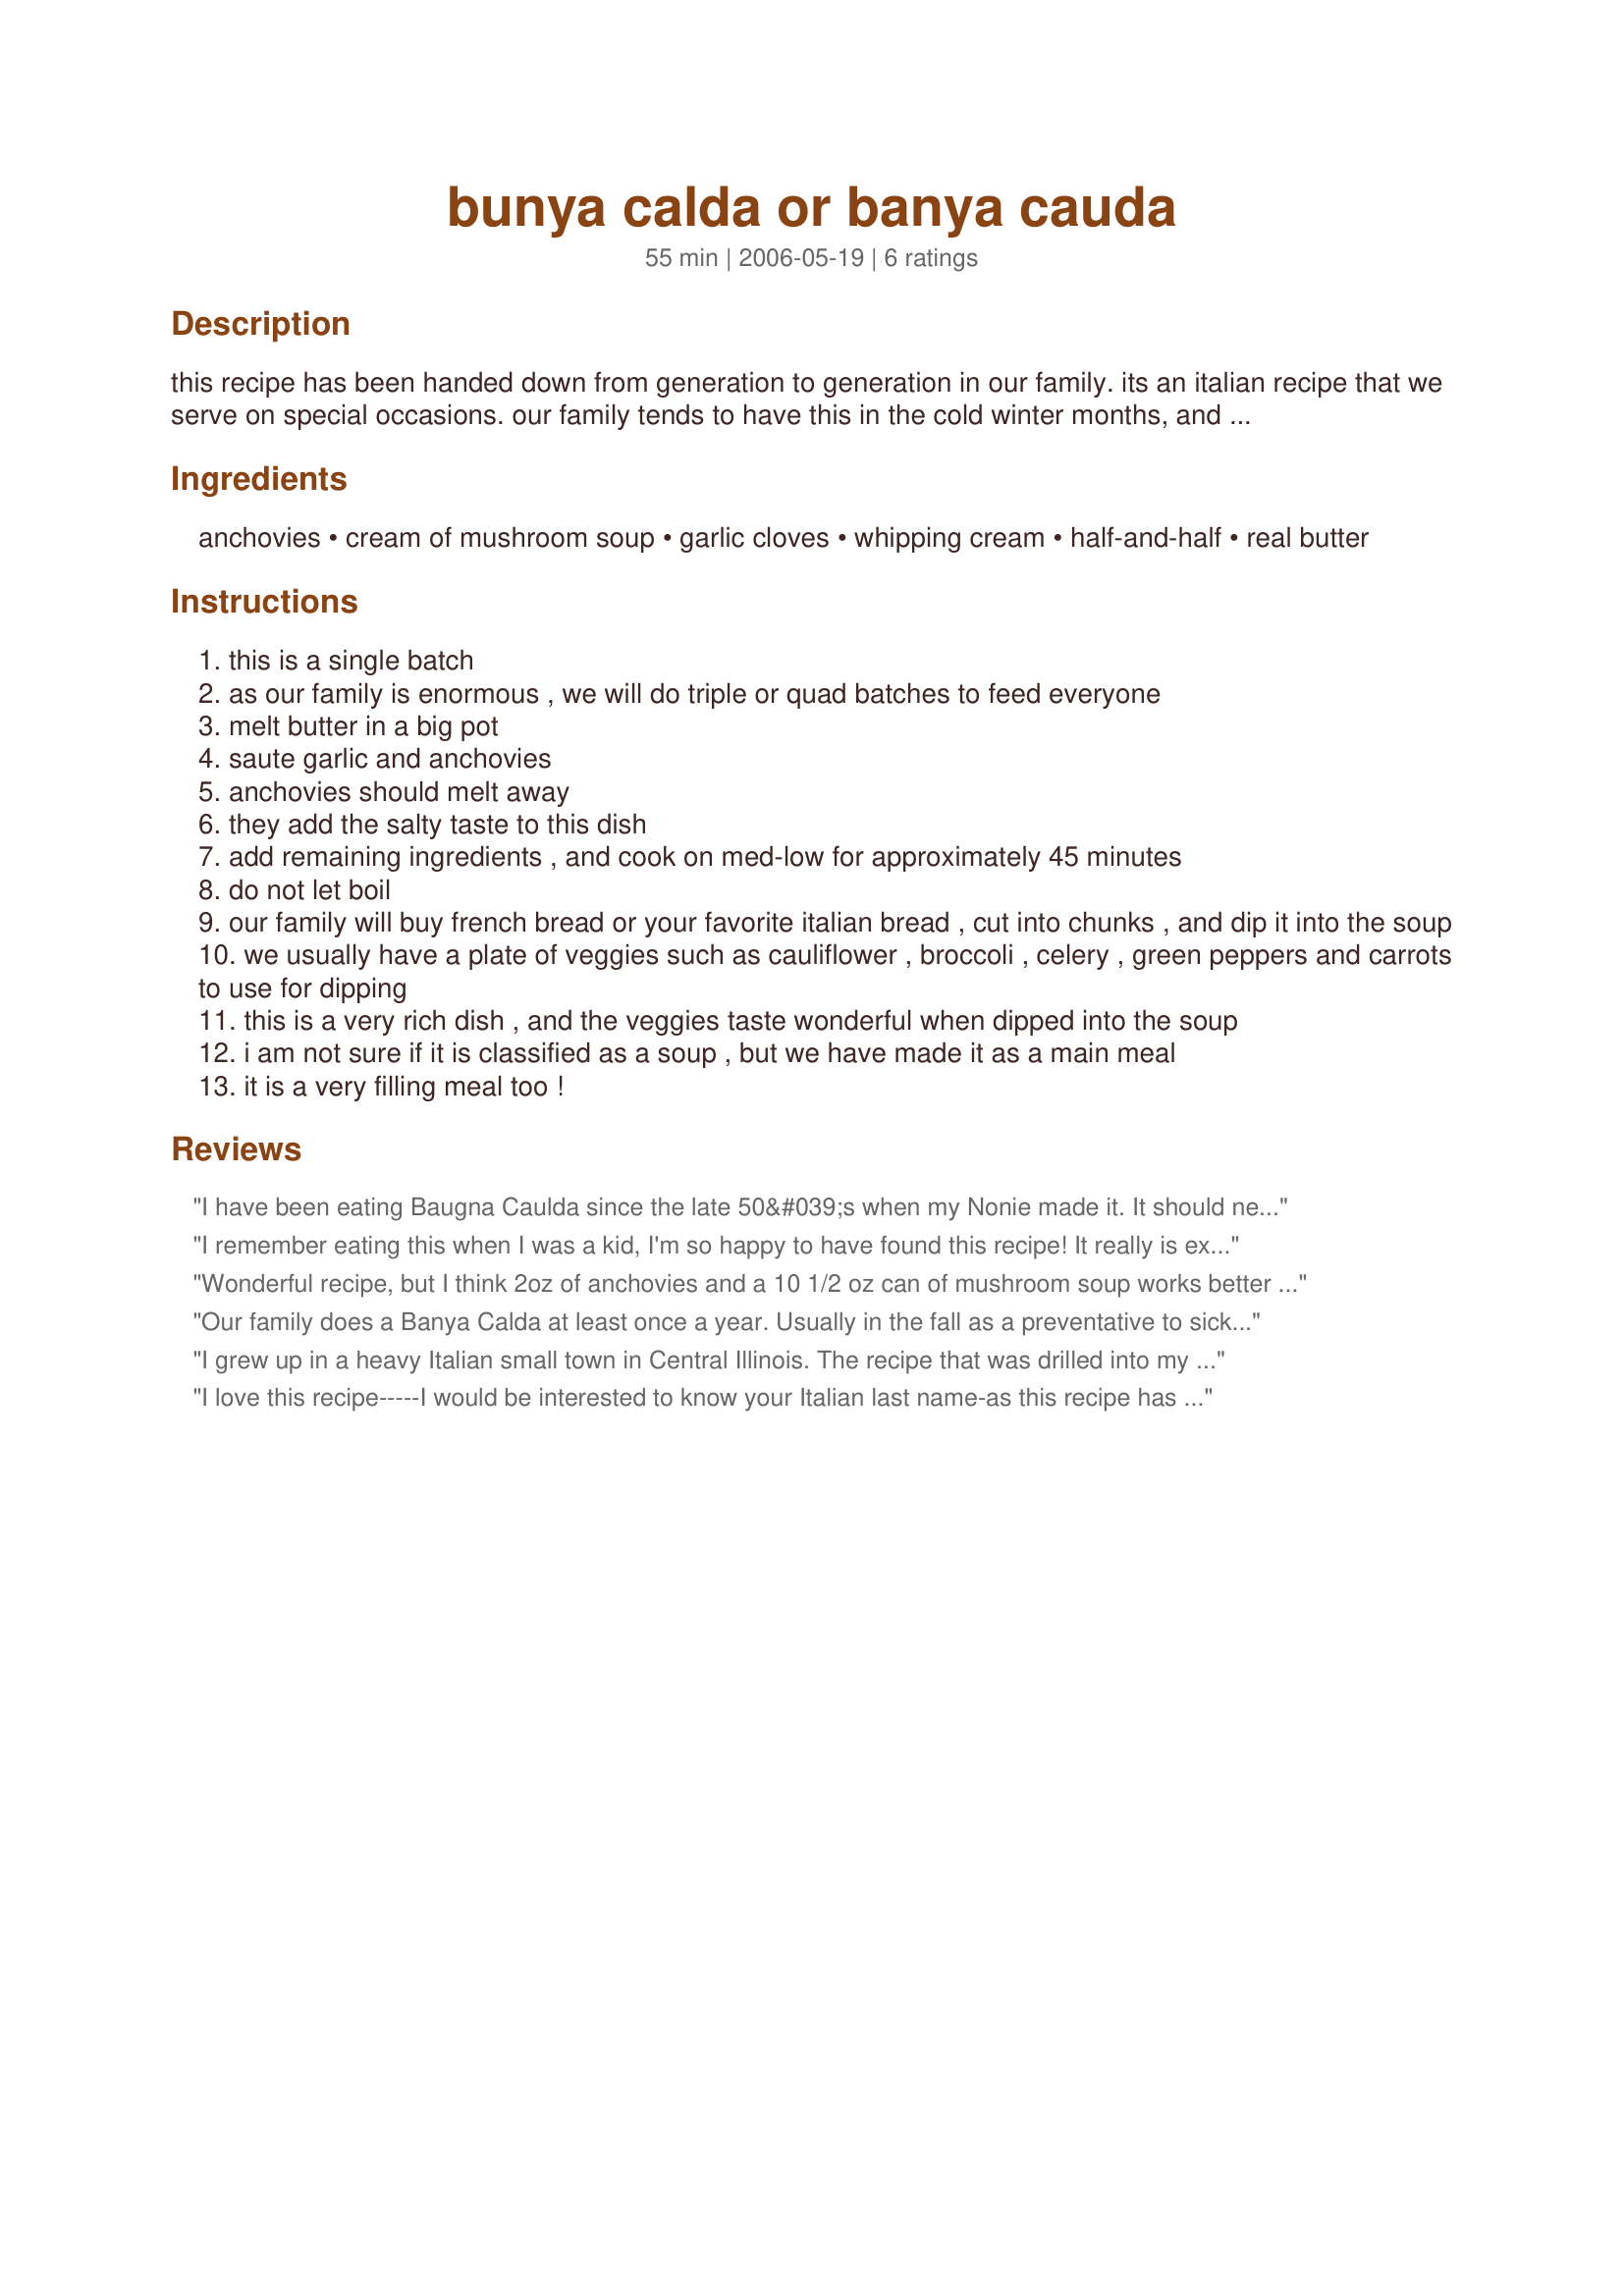
bunya calda or banya cauda
Preparation time: 55 minutes

this recipe has been handed down from generation to generation in our family. its an italian recipe that we serve on special occasions. our family tends to have this in the cold winter months, and as our christmas meal. we also serve it for a great new years meal. it's a great soup that is very rich.

Ingredients:
anchovies, cream of mushroom soup, garlic cloves, whipping cream, half-and-half, real butter

Steps:
this is a single batch
as our family is enormous , we will do triple or quad batches to feed everyone
melt butter in a big pot
saute garlic and anchovies
anchovies should melt away
they add the salty taste to this dish
add remaining ingredients , and cook on med-low for approximately 45 minutes
do not let boil
our family will buy french bread or your favorite italian bread , cut into chunks , and dip it into the soup
we usually have a plate of veggies such as cauliflower , broccoli , celery , green peppers and carrots to use for dipping
this is a very rich dish , and the veggies taste wonderful when dipped into the soup
i am not sure if it is classified as a soup , but we have made it as a main meal
it is a very filling meal too !

Reviews:
I have been eating Baugna Caulda since the late 50&#039;s when my Nonie made it. It should never ever never have cream of mushroom soup. That is not how to make it. Cream and butter only with the garlic and anchovies. No soup to try and stretch it. NEVER!!!!!
I remember eating this when I was a kid, I'm so happy to have found this recipe! It really is extremely good, very flavorful and good for you.
Wonderful recipe, but I think 2oz of anchovies and a 10 1/2 oz can of mushroom soup works better :D
Even the kids like this one if I halve the garlic.
I usually put fresh oregano with the veggies too. I even get compliments from the neighbours about the wonderful aroma!
Our family does a Banya Calda at least once a year. Usually in the fall as a preventative to sickness, LOL. Because of all the garlic. But really all of us girls in my family LOVE it! The men on the other hand stay away for the day. LOL
I grew up in a heavy Italian small town in Central Illinois. The recipe that was drilled into my head was anchoives, butter, garlic, and sometimes heavy cream. It is listed as a dip in food sites.
I love this recipe-----I would be interested to know your Italian last name-as this recipe has also been in my family as a tradition for many many years-maybe we are related!!
